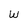
Character: w